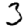
Digit: 3